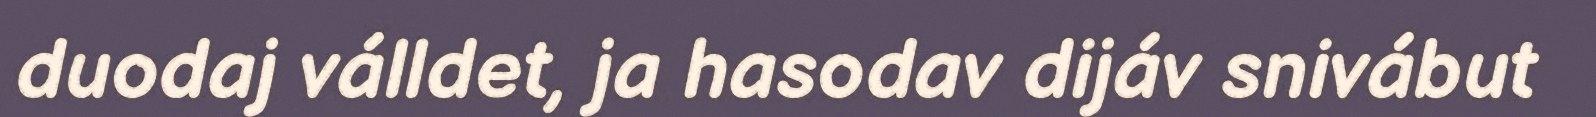
duodaj válldet, ja hasodav dijáv snivábut